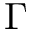
\Gamma